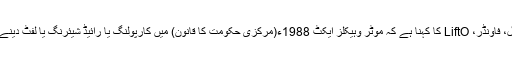
’پول سرکل‘ نے بنگلورو ٹریفک پولیس کے ساتھ اشتراک کررکھا ہے، اور وکیش اگروال، فاونڈر، LiftO کا کہنا ہے کہ موٹر وہیکلز ایکٹ 1988ء(مرکزی حکومت کا قانون) میں کارپولنگ یا رائیڈ شیئرنگ یا لفٹ دینے کا کوئی ذکر نہیں، اور یہ ایکٹ ایسی سرویسیس کو خصوصیت سے منع نہیں کرتا ہے۔